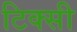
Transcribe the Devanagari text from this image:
टिक्सी